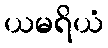
ယမရိယံ